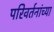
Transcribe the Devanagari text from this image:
परिवर्तनांच्या